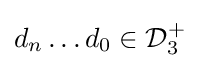
d_{n}\ldots d_{0}\in {\mathcal {D}}_{3}^{+}